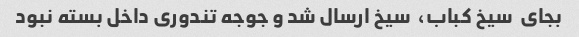
بجای  سیخ کباب،  سیخ ارسال شد و جوجه تندوری داخل بسته نبود